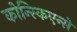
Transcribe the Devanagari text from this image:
कोन्स्किएन्से